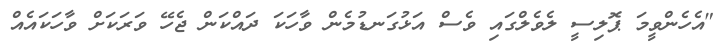
"އެހެންވީމަ ޕޮލިސީ ލެވެލްގައި ވެސް އަޅުގަނޑުމެން ވާހަކަ ދައްކަން ޖެހޭ ވަރަކަށް ވާހަކައެއް